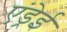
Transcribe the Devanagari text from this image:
एंड्रेई